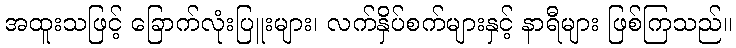
အထူးသဖြင့် ခြောက်လုံးပြူးများ၊ လက်နှိပ်စက်များနှင့် နာရီများ ဖြစ်ကြသည်။